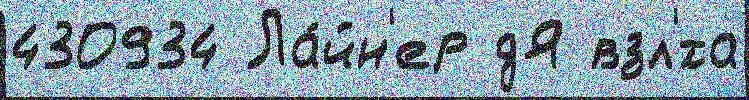
430934 Ла́йн'ер дЯ взл'́та